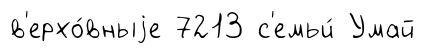
в'ерхо́вныjе 7213 с'емьи́ Умай